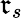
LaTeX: \mathfrak{r}_{s}